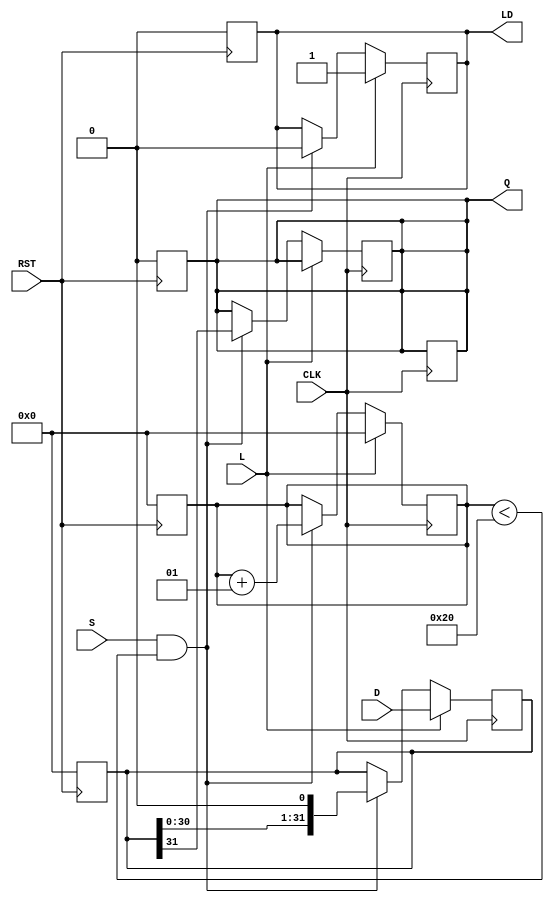
module PISO_Register (
    input wire [31:0] D,      // 32-bit parallel data input
    input wire L,             // Load control signal
    input wire S,             // Shift control signal
    input wire CLK,           // Clock input
    input wire RST,           // Asynchronous reset
    output reg Q,             // Serial output
    output reg LD             // Data loaded status output
);

    reg [31:0] shift_reg;     // 32-bit shift register
    integer count;            // Counter for shifting bits

    // Asynchronous reset
    always @(posedge RST) begin
        shift_reg <= 32'b0;    // Clear the register
        Q <= 1'b0;             // Clear the output
        LD <= 1'b0;            // Clear data loaded status
        count <= 0;            // Clear counter
    end

    // Main operation: Loading and shifting
    always @(posedge CLK) begin
        if (L) begin
            shift_reg <= D;     // Load data on Load signal
            LD <= 1'b1;         // Set data loaded status
            count <= 0;         // Reset counter
        end else if (S && (count < 32)) begin
            Q <= shift_reg[31]; // Shift out the MSB
            shift_reg <= shift_reg << 1; // Shift register left
            count <= count + 1; // Increment counter
            LD <= 1'b0;         // Clear data loaded status during shift
        end
    end

    // Final output assignment
    always @(posedge CLK) begin
        if (count == 32) begin
            Q <= Q; // Maintain the value of Q after all bits have been shifted out
        end
    end

endmodule